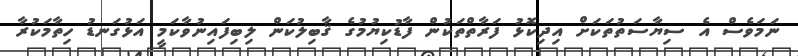
ނަމަވެސް އެ ސިޔާސަތުތަކަށް އިދިކޮޅު ފަރާތްތަކުން ފާޑުކިޔުމުގެ ޤާބިލުކަން ލިބިފައިނުވާކަމީ އަޅުގަނޑު ހިތާމަކުރާ